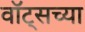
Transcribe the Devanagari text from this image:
वॉट्सच्या